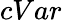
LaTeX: cVar